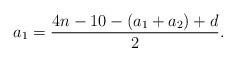
LaTeX: \begin{align*}a_1=\frac{4n-10-(a_1+a_2)+d}{2}.\end{align*}